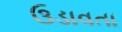
ઉડાવતા